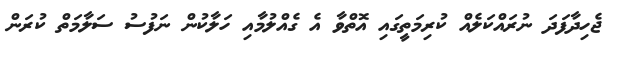
ޖެހިދާފަދަ ނުރައްކަލެއް ކުރިމަތީގައި އޮތްވާ އެ ގެއްލުމާއި ހަލާކުން ނަފުސު ސަލާމަތް ކުރަން